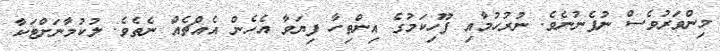
މިންވަރުވެސް ނުފެނުނެވެ. ނުރުހުމާއި ފޫހިކަމުގެ އިންތިހާ ފިޔަވާ އެހެން އެއްޗެއް ނެތެވެ. ލުކުމާނަށްޓަކާ